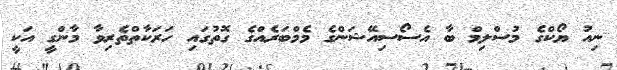
ނިއު ޔޯކްގެ މުސްލިމް ބާ އެސޯސިއޭޝަންގެ މެމްބަރެއްގެ ގޮތުގައި ހަރަކާތްތެރިވާ މާންގީ އަކީ